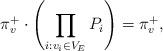
LaTeX: \begin{align*} \pi^+_v \cdot \left( \prod_{i:v_i\in V_E} P_i\right) =\pi^+_v, \end{align*}